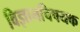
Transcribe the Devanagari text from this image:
विज्ञानचिषयक